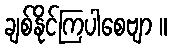
ချစ်နိုင်ကြပါစေဗျာ ။